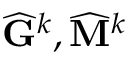
\widehat { \mathbf { G } } ^ { k } , \widehat { \mathbf { M } } ^ { k }